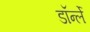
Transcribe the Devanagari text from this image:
डॉर्न्ले